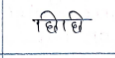
मजकूर: छिछि